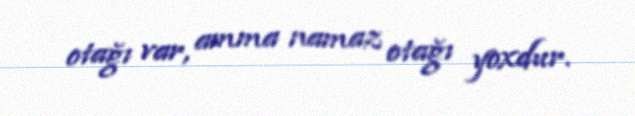
otağı var, amma namaz otağı yoxdur.